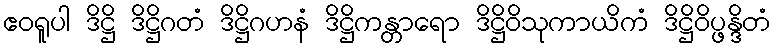
ဧဝရူပါ ဒိဋ္ဌိ ဒိဋ္ဌိဂတံ ဒိဋ္ဌိဂဟနံ ဒိဋ္ဌိကန္တာရော ဒိဋ္ဌိဝိသုကာယိကံ ဒိဋ္ဌိဝိပ္ဖန္ဒိတံ